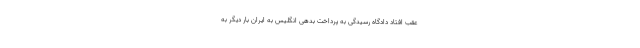
عقب افتاد دادگاه رسیدگی به پرداخت بدهی انگلیس به ایران بار دیگر به